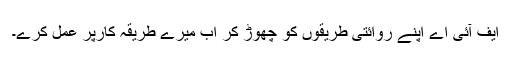
ایف آئی اے اپنے روائتی طریقوں کو چھوڑ کر اب میرے طریقہ کارپر عمل کرے۔